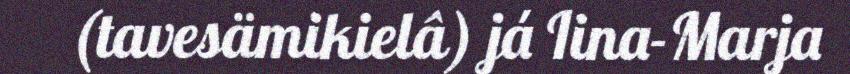
(tavesämikielâ) já Iina-Marja